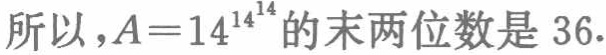
所以，\(A = 14^{14^{14}}\)的末两位数是 \(36\).